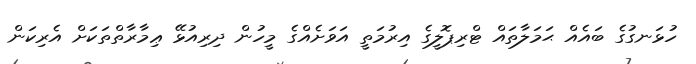
ހުޅަނގުގެ ބައެއް ޙަމަލާތައް ޓްރިޕޮލީގެ އިރުމަތީ އަވަށެއްގެ މީހުން ދިރިއުޅޭ ޢިމާރާތްތަކަށް އެރިކަން